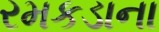
રમકડાના